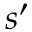
s ^ { \prime }